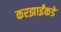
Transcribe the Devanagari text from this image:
करझाईंकडे